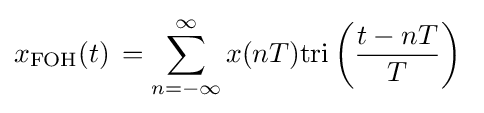
x_{\mathrm {FOH} }(t)\,=\sum _{n=-\infty }^{\infty }x(nT)\mathrm {tri} \left({\frac {t-nT}{T}}\right)\